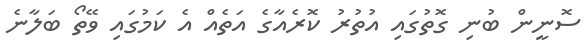
ސޮނީން ބުނި ގޮތުގައި އުތުރު ކޮރެއާގެ އަތެއް އެ ކަމުގައި ވޭތޯ ބަލާނެ